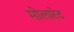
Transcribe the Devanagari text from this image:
मोलारेट